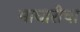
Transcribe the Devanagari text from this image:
माघारीचा